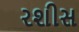
રશીસ